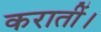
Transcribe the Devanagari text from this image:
करातीं।